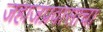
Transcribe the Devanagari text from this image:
जहाजप्रवासाचा